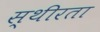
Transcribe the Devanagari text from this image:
स्थीरता